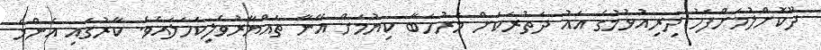
ދޫކޮށްލުމަށްފަހު ދިރިއުޅުމުގެ އައު ދަތުރަކަށް މަރުހަބާ ކިޔުމަށް އޭނާ ތައްޔާރުވެލިކަހަލައެވެ. ކާރުގައި އެންމެ